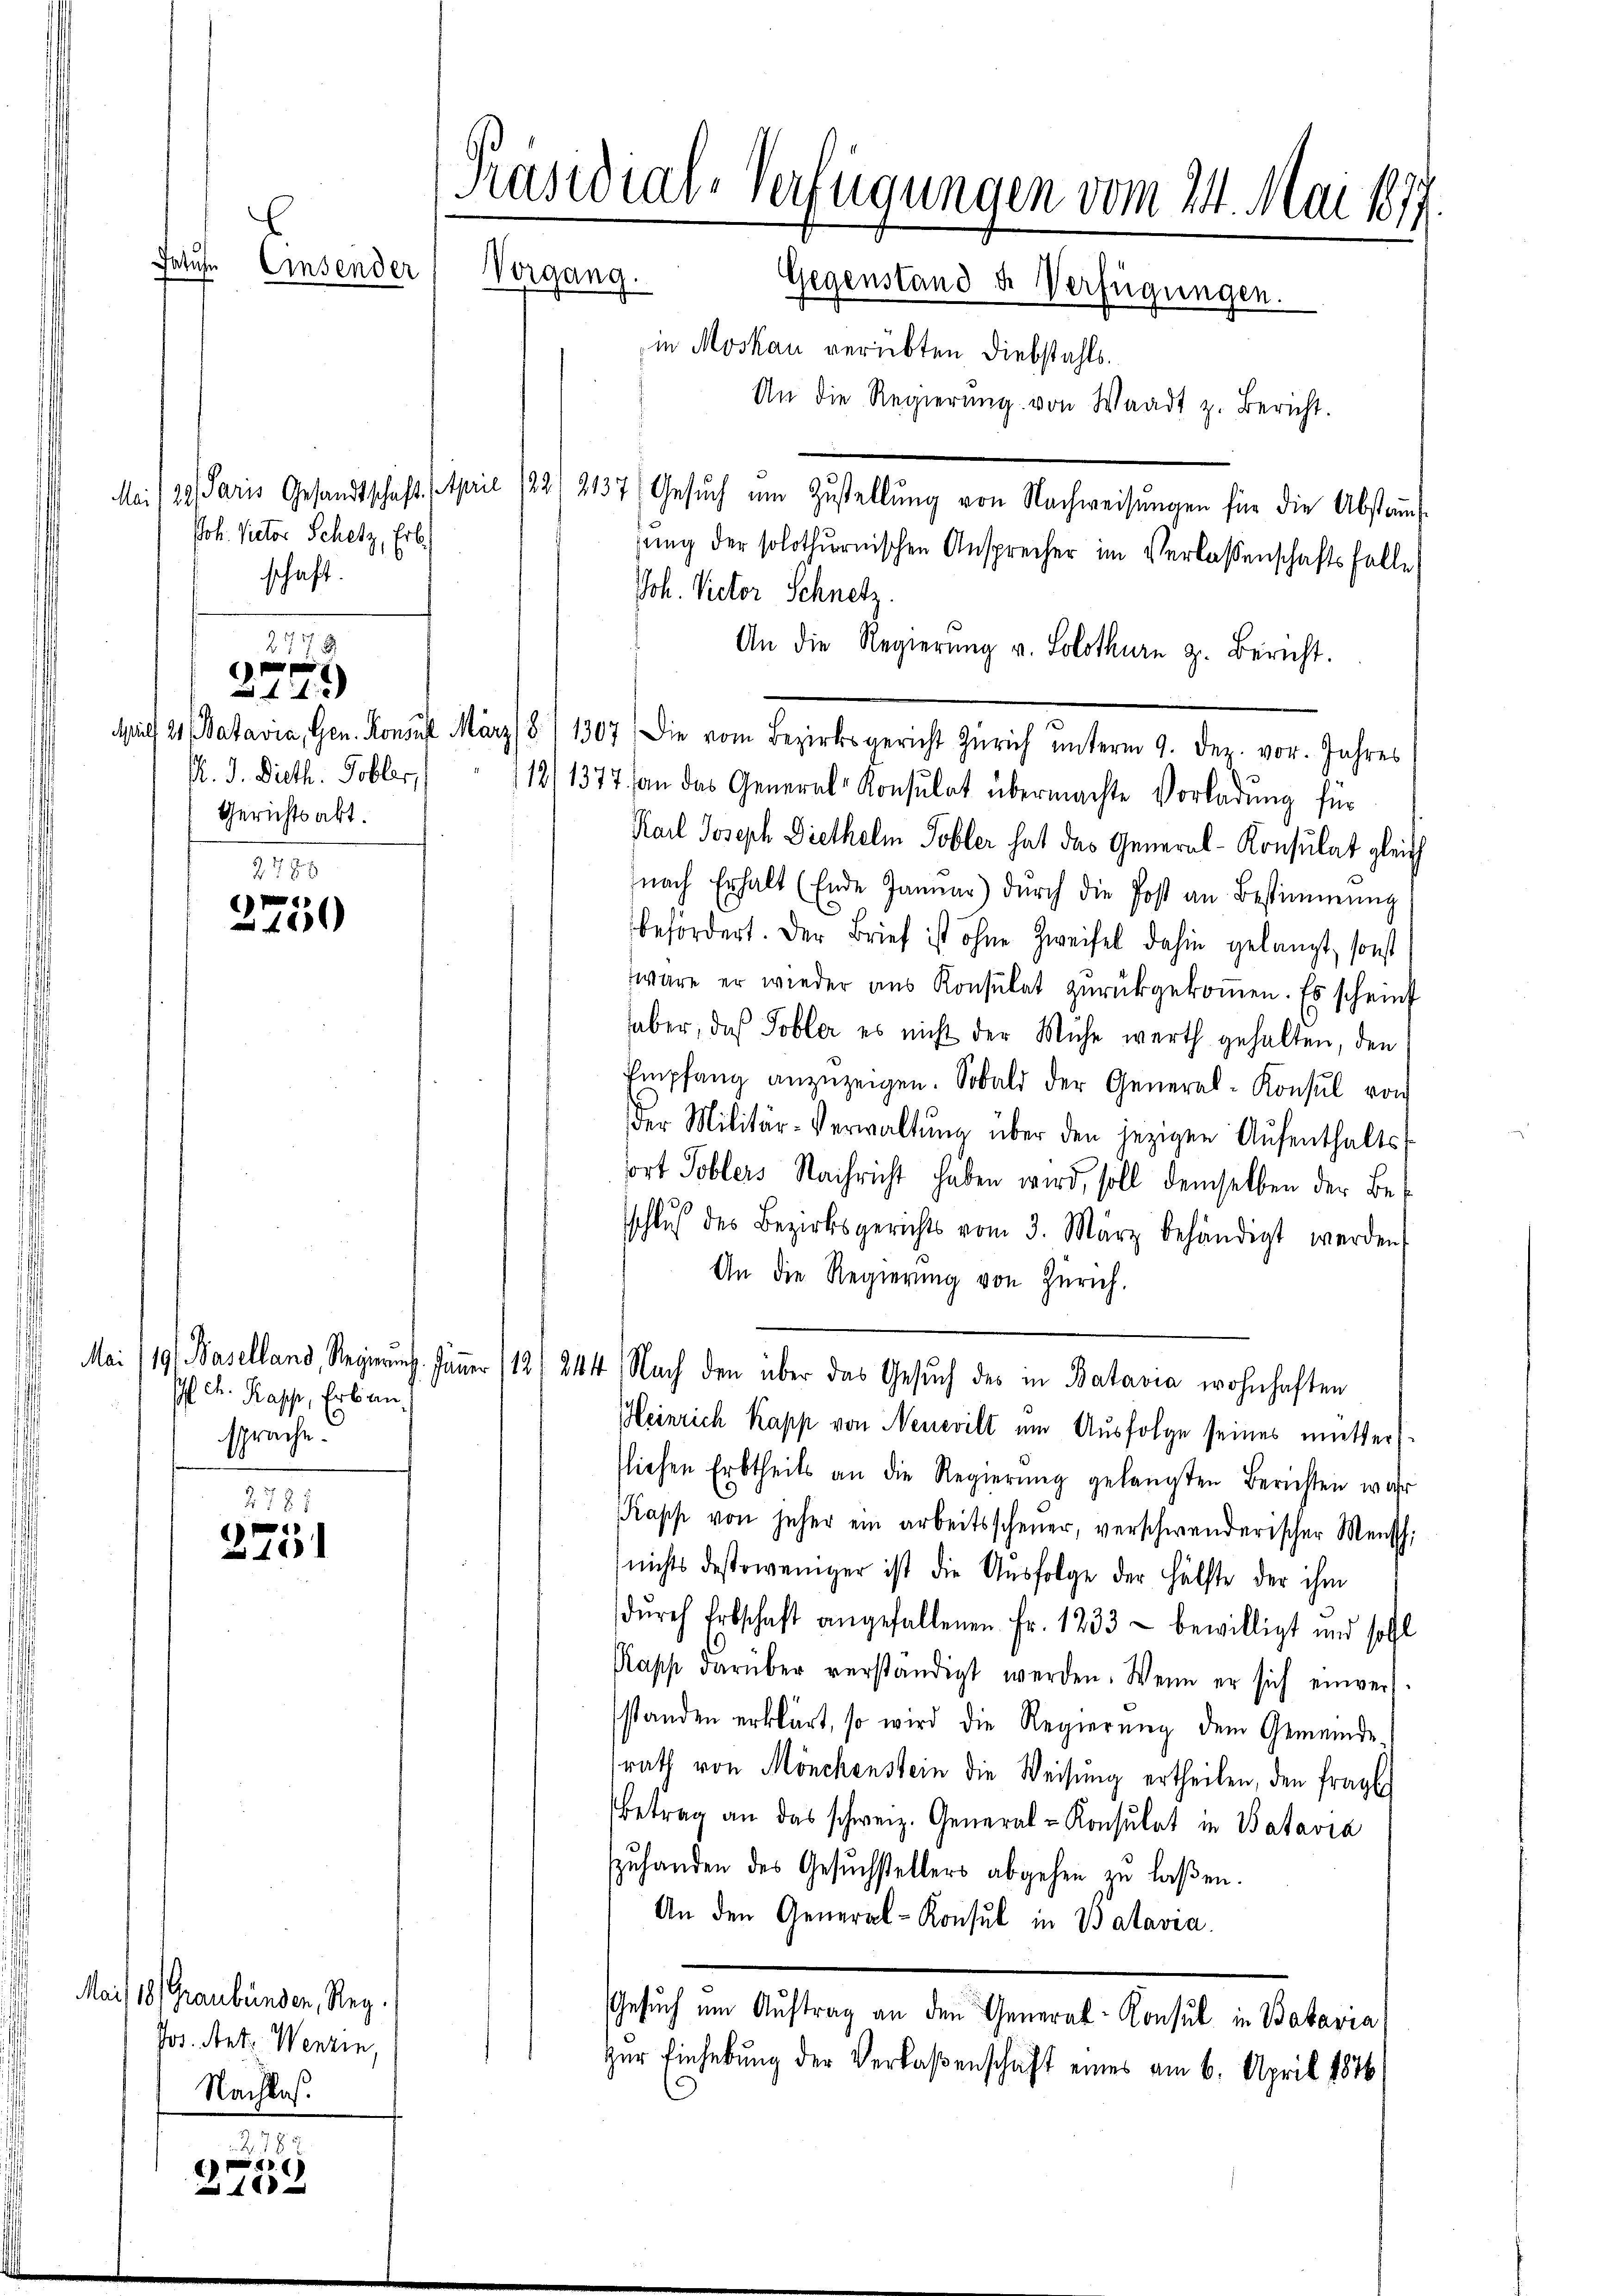
Präsidial-Verfügungen vom 24. Mai 1877.
Jatuhn
Einsender
Vorgang. Gegenstand u. Verfügungen.

Joh. Rector Schatz, Erb
schaft.

14)
A. J. Dieth. Tobler,
Gerichtsakt.

P
2100

Ich. Kasse, Erban
sprache

2785
1
in 100

Mai/18. Graubünden, Reg.
Jos. Ant. Wenzen,
Nachlas

2785
)
4x

in Moskau verübten Diebstahls.
An die Regierŭng von Waadt z. Bericht.
Mai/19. Paris Gesandtschaft. (April 122. 2137) Gesŭch ŭm Zŭstellŭng von Nachweisŭngen für die Absta-
gŭng der solothurnischen Ansprecher im Verlassenschaftsfalle
Joh. Victor Schnetz.
An die Regierŭng v. Solothurn z. Bericht.
Aprill 21 Batavia, Gen. Konsul März 8. 11307. Die vom Bezirksgericht Zürich unterm 9. Dez. vor. Jahres
112/1377 an das General-Konsulat übermachte Vorladung für
Karl Joseph Diethelm Tobler hat das General-Konsulat gleich
(nach Erhalt (Ende Janŭar) dŭrch die Post an Bestimmung
befördert. Der Brief ist ohne Zweifel dahin gelangt, sonst
wäre er wieder aŭs Konsulat zŭrückgekoṁen. Es scheint
haber, das Tobler es nicht der Mühe werth gehalten, den
Empfang anzuzeigen. Sobald der General-Konsul von
der Militär-Verwaltŭng über den jezigen Aŭfenthalts-
sort Toblers Nachricht haben wird, soll demselben der Besschluß des Bezirksgerichts vom 3. März behändigt werden.
An die Regierŭng von Zürich.
Mai/19. Baselland, Regierung. Jänner 112/ 244. Nach den über das Gesŭch des in Batavia wohnhaften
Heinrich Kapp von Neuevill um Ausfolge seines mütter-
flichen Erbtheils an die Regierŭng gelangten Berichten wahr
Kapp von jeher ein arbeitsscheuer, verschwenderischer Mensch
nichts destoweniger ist die Aŭsfolge der Hälfte der ihm
dŭrch Erbschaft angefallenen Fr. 1233 - bewilligt und soll
Kapp darüber verständigt werden. Wenn er sich einver-
standen erklärt, so wird die Regierung dem Gemeinde-
rath von Mönchenstein die Weisung ertheilen, den fraglich
Betrag an das schweiz. General-Konsulat in Batavia
szuhanden des Gesŭchstellers abgehen zu laßen.
An den General-Konsul in Batavia
Gesuch um Auftrag an den General-Konsul in Batavia
Zur Einhebung der Verlaßenschaft eines am 6. April 1876